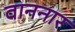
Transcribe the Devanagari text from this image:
वाननार